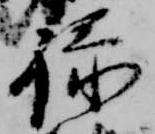
禄